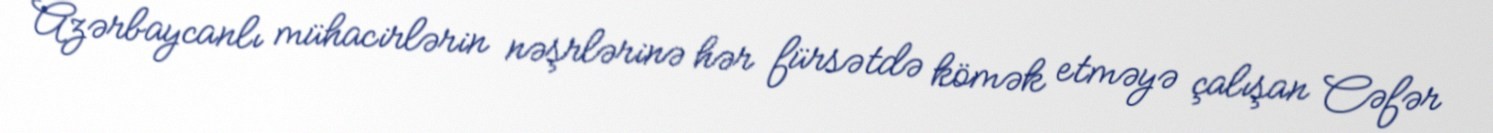
Azərbaycanlı mühacirlərin nəşrlərinə hər fürsətdə kömək etməyə çalışan Cəfər